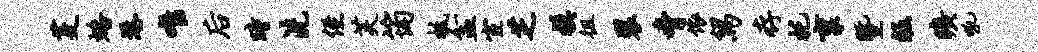
芟蟠港唯後瞳洗侄芙筠柢盆宦芝模徂裂胁依舄存托禀暨皈旷吼